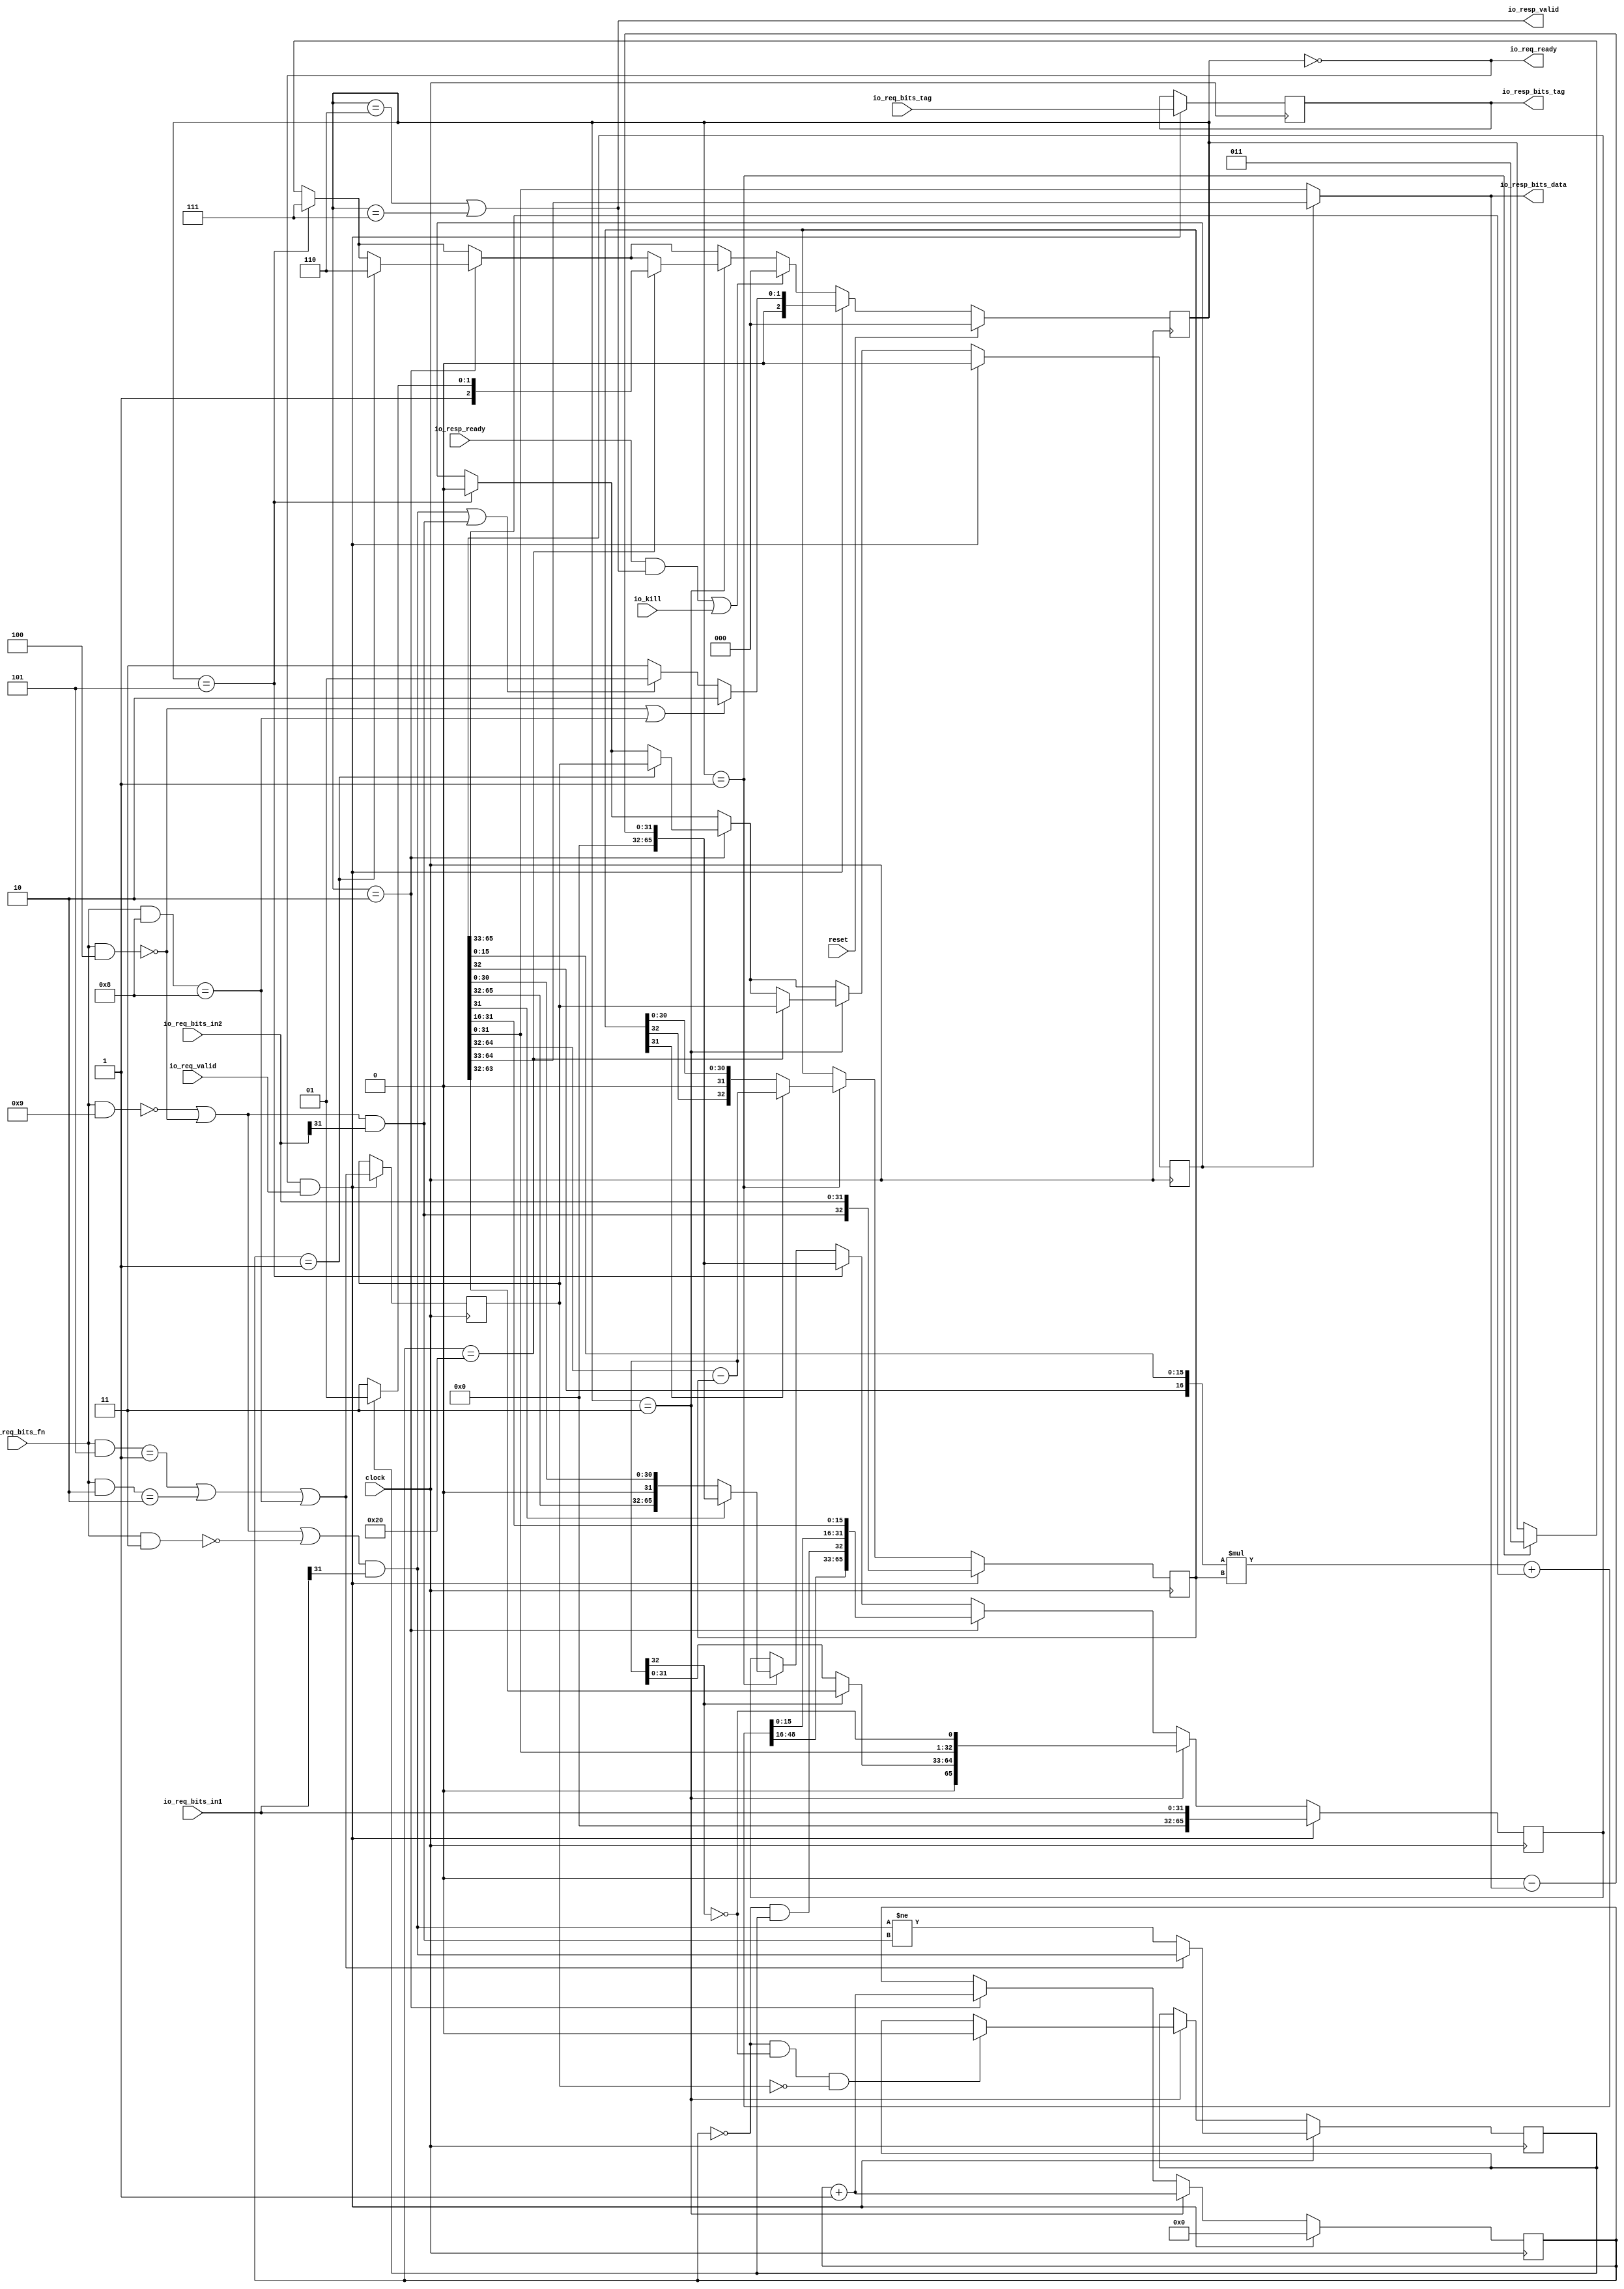
// Copyright (c) 2017, Microsemi Corporation
// All rights reserved.
//
// Redistribution and use in source and binary forms, with or without
// modification, are permitted provided that the following conditions are met:
//     * Redistributions of source code must retain the above copyright
//       notice, this list of conditions and the following disclaimer.
//     * Redistributions in binary form must reproduce the above copyright
//       notice, this list of conditions and the following disclaimer in the
//       documentation and/or other materials provided with the distribution.
//     * Neither the name of the <organization> nor the
//       names of its contributors may be used to endorse or promote products
//       derived from this software without specific prior written permission.
//
// THIS SOFTWARE IS PROVIDED BY THE COPYRIGHT HOLDERS AND CONTRIBUTORS "AS IS" AND
// ANY EXPRESS OR IMPLIED WARRANTIES, INCLUDING, BUT NOT LIMITED TO, THE IMPLIED
// WARRANTIES OF MERCHANTABILITY AND FITNESS FOR A PARTICULAR PURPOSE ARE
// DISCLAIMED. IN NO EVENT SHALL MICROSEMI CORPORATIONM BE LIABLE FOR ANY
// DIRECT, INDIRECT, INCIDENTAL, SPECIAL, EXEMPLARY, OR CONSEQUENTIAL DAMAGES
// (INCLUDING, BUT NOT LIMITED TO, PROCUREMENT OF SUBSTITUTE GOODS OR SERVICES;
// LOSS OF USE, DATA, OR PROFITS; OR BUSINESS INTERRUPTION) HOWEVER CAUSED AND
// ON ANY THEORY OF LIABILITY, WHETHER IN CONTRACT, STRICT LIABILITY, OR TORT
// (INCLUDING NEGLIGENCE OR OTHERWISE) ARISING IN ANY WAY OUT OF THE USE OF THIS
// SOFTWARE, EVEN IF ADVISED OF THE POSSIBILITY OF SUCH DAMAGE.
//
// APACHE LICENSE
// Copyright (c) 2017, Microsemi Corporation 
//
// Licensed under the Apache License, Version 2.0 (the "License");
// you may not use this file except in compliance with the License.
// You may obtain a copy of the License at
//
//    http://www.apache.org/licenses/LICENSE-2.0
//
// Unless required by applicable law or agreed to in writing, software
// distributed under the License is distributed on an "AS IS" BASIS,
// WITHOUT WARRANTIES OR CONDITIONS OF ANY KIND, either express or implied.
// See the License for the specific language governing permissions and
// limitations under the License.
//
// Description:
//
// SVN Revision Information:
// SVN $Revision: $
// SVN $Date: $
//
// Resolved SARs
// SAR      Date     Who   Description
//
// Notes:
//
// ****************************************************************************/
`ifndef RANDOMIZE_REG_INIT 
	 `define RANDOMIZE_REG_INIT 
 `endif
`ifndef RANDOMIZE_MEM_INIT 
	 `define RANDOMIZE_MEM_INIT 
 `endif
`ifndef RANDOMIZE 
	 `define RANDOMIZE 
`endif

`timescale 1ns/10ps
module MiV_AXI_MiV_AXI_0_MIV_RV32IMA_L1_AXI_MUL_DIV( // @[:freechips.rocketchip.system.MivRV32ImaL1AhbConfig.fir@109548.2]
  input         clock, // @[:freechips.rocketchip.system.MivRV32ImaL1AhbConfig.fir@109549.4]
  input         reset, // @[:freechips.rocketchip.system.MivRV32ImaL1AhbConfig.fir@109550.4]
  output        io_req_ready, // @[:freechips.rocketchip.system.MivRV32ImaL1AhbConfig.fir@109551.4]
  input         io_req_valid, // @[:freechips.rocketchip.system.MivRV32ImaL1AhbConfig.fir@109551.4]
  input  [3:0]  io_req_bits_fn, // @[:freechips.rocketchip.system.MivRV32ImaL1AhbConfig.fir@109551.4]
  input  [31:0] io_req_bits_in1, // @[:freechips.rocketchip.system.MivRV32ImaL1AhbConfig.fir@109551.4]
  input  [31:0] io_req_bits_in2, // @[:freechips.rocketchip.system.MivRV32ImaL1AhbConfig.fir@109551.4]
  input  [4:0]  io_req_bits_tag, // @[:freechips.rocketchip.system.MivRV32ImaL1AhbConfig.fir@109551.4]
  input         io_kill, // @[:freechips.rocketchip.system.MivRV32ImaL1AhbConfig.fir@109551.4]
  input         io_resp_ready, // @[:freechips.rocketchip.system.MivRV32ImaL1AhbConfig.fir@109551.4]
  output        io_resp_valid, // @[:freechips.rocketchip.system.MivRV32ImaL1AhbConfig.fir@109551.4]
  output [31:0] io_resp_bits_data, // @[:freechips.rocketchip.system.MivRV32ImaL1AhbConfig.fir@109551.4]
  output [4:0]  io_resp_bits_tag // @[:freechips.rocketchip.system.MivRV32ImaL1AhbConfig.fir@109551.4]
);
  reg [2:0] state; // @[Multiplier.scala 46:18:freechips.rocketchip.system.MivRV32ImaL1AhbConfig.fir@109556.4]
  reg [31:0] _RAND_0;
  reg [4:0] req_tag; // @[Multiplier.scala 48:16:freechips.rocketchip.system.MivRV32ImaL1AhbConfig.fir@109557.4]
  reg [31:0] _RAND_1;
  reg [5:0] count; // @[Multiplier.scala 49:18:freechips.rocketchip.system.MivRV32ImaL1AhbConfig.fir@109558.4]
  reg [31:0] _RAND_2;
  reg  neg_out; // @[Multiplier.scala 50:20:freechips.rocketchip.system.MivRV32ImaL1AhbConfig.fir@109559.4]
  reg [31:0] _RAND_3;
  reg  isHi; // @[Multiplier.scala 51:17:freechips.rocketchip.system.MivRV32ImaL1AhbConfig.fir@109560.4]
  reg [31:0] _RAND_4;
  reg  resHi; // @[Multiplier.scala 52:18:freechips.rocketchip.system.MivRV32ImaL1AhbConfig.fir@109561.4]
  reg [31:0] _RAND_5;
  reg [32:0] divisor; // @[Multiplier.scala 53:20:freechips.rocketchip.system.MivRV32ImaL1AhbConfig.fir@109562.4]
  reg [63:0] _RAND_6;
  reg [65:0] remainder; // @[Multiplier.scala 54:22:freechips.rocketchip.system.MivRV32ImaL1AhbConfig.fir@109563.4]
  reg [95:0] _RAND_7;
  wire [3:0] _T_32; // @[Decode.scala 14:65:freechips.rocketchip.system.MivRV32ImaL1AhbConfig.fir@109564.4]
  wire  _T_34; // @[Decode.scala 14:121:freechips.rocketchip.system.MivRV32ImaL1AhbConfig.fir@109565.4]
  wire [3:0] _T_36; // @[Decode.scala 14:65:freechips.rocketchip.system.MivRV32ImaL1AhbConfig.fir@109566.4]
  wire  _T_38; // @[Decode.scala 14:121:freechips.rocketchip.system.MivRV32ImaL1AhbConfig.fir@109567.4]
  wire  cmdMul; // @[Decode.scala 15:30:freechips.rocketchip.system.MivRV32ImaL1AhbConfig.fir@109569.4]
  wire [3:0] _T_43; // @[Decode.scala 14:65:freechips.rocketchip.system.MivRV32ImaL1AhbConfig.fir@109570.4]
  wire  _T_45; // @[Decode.scala 14:121:freechips.rocketchip.system.MivRV32ImaL1AhbConfig.fir@109571.4]
  wire [3:0] _T_47; // @[Decode.scala 14:65:freechips.rocketchip.system.MivRV32ImaL1AhbConfig.fir@109572.4]
  wire  _T_49; // @[Decode.scala 14:121:freechips.rocketchip.system.MivRV32ImaL1AhbConfig.fir@109573.4]
  wire  _T_52; // @[Decode.scala 15:30:freechips.rocketchip.system.MivRV32ImaL1AhbConfig.fir@109575.4]
  wire  cmdHi; // @[Decode.scala 15:30:freechips.rocketchip.system.MivRV32ImaL1AhbConfig.fir@109576.4]
  wire [3:0] _T_55; // @[Decode.scala 14:65:freechips.rocketchip.system.MivRV32ImaL1AhbConfig.fir@109577.4]
  wire  _T_57; // @[Decode.scala 14:121:freechips.rocketchip.system.MivRV32ImaL1AhbConfig.fir@109578.4]
  wire [3:0] _T_59; // @[Decode.scala 14:65:freechips.rocketchip.system.MivRV32ImaL1AhbConfig.fir@109579.4]
  wire  _T_61; // @[Decode.scala 14:121:freechips.rocketchip.system.MivRV32ImaL1AhbConfig.fir@109580.4]
  wire  _T_64; // @[Decode.scala 15:30:freechips.rocketchip.system.MivRV32ImaL1AhbConfig.fir@109582.4]
  wire  lhsSigned; // @[Decode.scala 15:30:freechips.rocketchip.system.MivRV32ImaL1AhbConfig.fir@109583.4]
  wire  _T_74; // @[Multiplier.scala 71:48:freechips.rocketchip.system.MivRV32ImaL1AhbConfig.fir@109593.4]
  wire  lhs_sign; // @[Multiplier.scala 71:23:freechips.rocketchip.system.MivRV32ImaL1AhbConfig.fir@109595.4]
  wire [15:0] _T_80; // @[Multiplier.scala 72:43:freechips.rocketchip.system.MivRV32ImaL1AhbConfig.fir@109598.4]
  wire [15:0] _T_82; // @[Multiplier.scala 73:15:freechips.rocketchip.system.MivRV32ImaL1AhbConfig.fir@109600.4]
  wire [31:0] lhs_in; // @[Cat.scala 30:58:freechips.rocketchip.system.MivRV32ImaL1AhbConfig.fir@109601.4]
  wire  _T_88; // @[Multiplier.scala 71:48:freechips.rocketchip.system.MivRV32ImaL1AhbConfig.fir@109605.4]
  wire  rhs_sign; // @[Multiplier.scala 71:23:freechips.rocketchip.system.MivRV32ImaL1AhbConfig.fir@109607.4]
  wire [15:0] _T_94; // @[Multiplier.scala 72:43:freechips.rocketchip.system.MivRV32ImaL1AhbConfig.fir@109610.4]
  wire [15:0] _T_96; // @[Multiplier.scala 73:15:freechips.rocketchip.system.MivRV32ImaL1AhbConfig.fir@109612.4]
  wire [31:0] rhs_in; // @[Cat.scala 30:58:freechips.rocketchip.system.MivRV32ImaL1AhbConfig.fir@109613.4]
  wire [32:0] _T_97; // @[Multiplier.scala 78:29:freechips.rocketchip.system.MivRV32ImaL1AhbConfig.fir@109614.4]
  wire [33:0] _T_98; // @[Multiplier.scala 78:37:freechips.rocketchip.system.MivRV32ImaL1AhbConfig.fir@109615.4]
  wire [33:0] _T_99; // @[Multiplier.scala 78:37:freechips.rocketchip.system.MivRV32ImaL1AhbConfig.fir@109616.4]
  wire [32:0] subtractor; // @[Multiplier.scala 78:37:freechips.rocketchip.system.MivRV32ImaL1AhbConfig.fir@109617.4]
  wire [31:0] _T_100; // @[Multiplier.scala 79:36:freechips.rocketchip.system.MivRV32ImaL1AhbConfig.fir@109618.4]
  wire [31:0] _T_101; // @[Multiplier.scala 79:57:freechips.rocketchip.system.MivRV32ImaL1AhbConfig.fir@109619.4]
  wire [31:0] result; // @[Multiplier.scala 79:19:freechips.rocketchip.system.MivRV32ImaL1AhbConfig.fir@109620.4]
  wire [32:0] _T_103; // @[Multiplier.scala 80:27:freechips.rocketchip.system.MivRV32ImaL1AhbConfig.fir@109621.4]
  wire [32:0] _T_104; // @[Multiplier.scala 80:27:freechips.rocketchip.system.MivRV32ImaL1AhbConfig.fir@109622.4]
  wire [31:0] negated_remainder; // @[Multiplier.scala 80:27:freechips.rocketchip.system.MivRV32ImaL1AhbConfig.fir@109623.4]
  wire  _T_105; // @[Multiplier.scala 82:15:freechips.rocketchip.system.MivRV32ImaL1AhbConfig.fir@109624.4]
  wire  _T_106; // @[Multiplier.scala 83:20:freechips.rocketchip.system.MivRV32ImaL1AhbConfig.fir@109626.6]
  wire [65:0] _GEN_0; // @[Multiplier.scala 83:27:freechips.rocketchip.system.MivRV32ImaL1AhbConfig.fir@109627.6]
  wire  _T_107; // @[Multiplier.scala 86:18:freechips.rocketchip.system.MivRV32ImaL1AhbConfig.fir@109630.6]
  wire [32:0] _GEN_1; // @[Multiplier.scala 86:25:freechips.rocketchip.system.MivRV32ImaL1AhbConfig.fir@109631.6]
  wire [65:0] _GEN_2; // @[Multiplier.scala 82:33:freechips.rocketchip.system.MivRV32ImaL1AhbConfig.fir@109625.4]
  wire [32:0] _GEN_3; // @[Multiplier.scala 82:33:freechips.rocketchip.system.MivRV32ImaL1AhbConfig.fir@109625.4]
  wire [2:0] _GEN_4; // @[Multiplier.scala 82:33:freechips.rocketchip.system.MivRV32ImaL1AhbConfig.fir@109625.4]
  wire  _T_108; // @[Multiplier.scala 91:15:freechips.rocketchip.system.MivRV32ImaL1AhbConfig.fir@109636.4]
  wire [65:0] _GEN_5; // @[Multiplier.scala 91:33:freechips.rocketchip.system.MivRV32ImaL1AhbConfig.fir@109637.4]
  wire [2:0] _GEN_6; // @[Multiplier.scala 91:33:freechips.rocketchip.system.MivRV32ImaL1AhbConfig.fir@109637.4]
  wire  _GEN_7; // @[Multiplier.scala 91:33:freechips.rocketchip.system.MivRV32ImaL1AhbConfig.fir@109637.4]
  wire  _T_110; // @[Multiplier.scala 96:15:freechips.rocketchip.system.MivRV32ImaL1AhbConfig.fir@109642.4]
  wire [32:0] _T_111; // @[Multiplier.scala 97:31:freechips.rocketchip.system.MivRV32ImaL1AhbConfig.fir@109644.6]
  wire [64:0] _T_113; // @[Cat.scala 30:58:freechips.rocketchip.system.MivRV32ImaL1AhbConfig.fir@109646.6]
  wire  _T_114; // @[Multiplier.scala 98:31:freechips.rocketchip.system.MivRV32ImaL1AhbConfig.fir@109647.6]
  wire [31:0] _T_115; // @[Multiplier.scala 99:24:freechips.rocketchip.system.MivRV32ImaL1AhbConfig.fir@109648.6]
  wire [32:0] _T_116; // @[Multiplier.scala 100:23:freechips.rocketchip.system.MivRV32ImaL1AhbConfig.fir@109649.6]
  wire [32:0] _T_117; // @[Multiplier.scala 100:37:freechips.rocketchip.system.MivRV32ImaL1AhbConfig.fir@109650.6]
  wire [32:0] _T_118; // @[Multiplier.scala 101:26:freechips.rocketchip.system.MivRV32ImaL1AhbConfig.fir@109651.6]
  wire [15:0] _T_119; // @[Multiplier.scala 102:38:freechips.rocketchip.system.MivRV32ImaL1AhbConfig.fir@109652.6]
  wire [16:0] _T_120; // @[Cat.scala 30:58:freechips.rocketchip.system.MivRV32ImaL1AhbConfig.fir@109653.6]
  wire [16:0] _T_121; // @[Multiplier.scala 102:60:freechips.rocketchip.system.MivRV32ImaL1AhbConfig.fir@109654.6]
  wire [32:0] _GEN_35; // @[Multiplier.scala 102:67:freechips.rocketchip.system.MivRV32ImaL1AhbConfig.fir@109655.6]
  wire [49:0] _T_122; // @[Multiplier.scala 102:67:freechips.rocketchip.system.MivRV32ImaL1AhbConfig.fir@109655.6]
  wire [49:0] _GEN_36; // @[Multiplier.scala 102:76:freechips.rocketchip.system.MivRV32ImaL1AhbConfig.fir@109656.6]
  wire [50:0] _T_123; // @[Multiplier.scala 102:76:freechips.rocketchip.system.MivRV32ImaL1AhbConfig.fir@109656.6]
  wire [49:0] _T_124; // @[Multiplier.scala 102:76:freechips.rocketchip.system.MivRV32ImaL1AhbConfig.fir@109657.6]
  wire [49:0] _T_125; // @[Multiplier.scala 102:76:freechips.rocketchip.system.MivRV32ImaL1AhbConfig.fir@109658.6]
  wire [15:0] _T_126; // @[Multiplier.scala 103:38:freechips.rocketchip.system.MivRV32ImaL1AhbConfig.fir@109659.6]
  wire [49:0] _T_127; // @[Cat.scala 30:58:freechips.rocketchip.system.MivRV32ImaL1AhbConfig.fir@109660.6]
  wire [65:0] _T_128; // @[Cat.scala 30:58:freechips.rocketchip.system.MivRV32ImaL1AhbConfig.fir@109661.6]
  wire  _T_130; // @[Multiplier.scala 104:32:freechips.rocketchip.system.MivRV32ImaL1AhbConfig.fir@109662.6]
  wire  _T_131; // @[Multiplier.scala 104:57:freechips.rocketchip.system.MivRV32ImaL1AhbConfig.fir@109663.6]
  wire  _T_146; // @[Multiplier.scala 108:7:freechips.rocketchip.system.MivRV32ImaL1AhbConfig.fir@109672.6]
  wire [32:0] _T_161; // @[Multiplier.scala 110:37:freechips.rocketchip.system.MivRV32ImaL1AhbConfig.fir@109684.6]
  wire [31:0] _T_163; // @[Multiplier.scala 110:82:freechips.rocketchip.system.MivRV32ImaL1AhbConfig.fir@109686.6]
  wire [64:0] _T_164; // @[Cat.scala 30:58:freechips.rocketchip.system.MivRV32ImaL1AhbConfig.fir@109687.6]
  wire [32:0] _T_165; // @[Multiplier.scala 111:34:freechips.rocketchip.system.MivRV32ImaL1AhbConfig.fir@109688.6]
  wire [31:0] _T_166; // @[Multiplier.scala 111:67:freechips.rocketchip.system.MivRV32ImaL1AhbConfig.fir@109689.6]
  wire [33:0] _T_167; // @[Cat.scala 30:58:freechips.rocketchip.system.MivRV32ImaL1AhbConfig.fir@109690.6]
  wire [65:0] _T_168; // @[Cat.scala 30:58:freechips.rocketchip.system.MivRV32ImaL1AhbConfig.fir@109691.6]
  wire [6:0] _T_170; // @[Multiplier.scala 113:20:freechips.rocketchip.system.MivRV32ImaL1AhbConfig.fir@109693.6]
  wire [5:0] _T_171; // @[Multiplier.scala 113:20:freechips.rocketchip.system.MivRV32ImaL1AhbConfig.fir@109694.6]
  wire  _T_173; // @[Multiplier.scala 114:25:freechips.rocketchip.system.MivRV32ImaL1AhbConfig.fir@109696.6]
  wire [2:0] _GEN_8; // @[Multiplier.scala 114:51:freechips.rocketchip.system.MivRV32ImaL1AhbConfig.fir@109698.6]
  wire  _GEN_9; // @[Multiplier.scala 114:51:freechips.rocketchip.system.MivRV32ImaL1AhbConfig.fir@109698.6]
  wire [65:0] _GEN_10; // @[Multiplier.scala 96:26:freechips.rocketchip.system.MivRV32ImaL1AhbConfig.fir@109643.4]
  wire [5:0] _GEN_11; // @[Multiplier.scala 96:26:freechips.rocketchip.system.MivRV32ImaL1AhbConfig.fir@109643.4]
  wire [2:0] _GEN_12; // @[Multiplier.scala 96:26:freechips.rocketchip.system.MivRV32ImaL1AhbConfig.fir@109643.4]
  wire  _GEN_13; // @[Multiplier.scala 96:26:freechips.rocketchip.system.MivRV32ImaL1AhbConfig.fir@109643.4]
  wire  _T_175; // @[Multiplier.scala 119:15:freechips.rocketchip.system.MivRV32ImaL1AhbConfig.fir@109703.4]
  wire  _T_176; // @[Multiplier.scala 123:28:freechips.rocketchip.system.MivRV32ImaL1AhbConfig.fir@109705.6]
  wire [31:0] _T_177; // @[Multiplier.scala 124:24:freechips.rocketchip.system.MivRV32ImaL1AhbConfig.fir@109706.6]
  wire [31:0] _T_178; // @[Multiplier.scala 124:45:freechips.rocketchip.system.MivRV32ImaL1AhbConfig.fir@109707.6]
  wire [31:0] _T_179; // @[Multiplier.scala 124:14:freechips.rocketchip.system.MivRV32ImaL1AhbConfig.fir@109708.6]
  wire  _T_182; // @[Multiplier.scala 124:67:freechips.rocketchip.system.MivRV32ImaL1AhbConfig.fir@109710.6]
  wire [63:0] _T_183; // @[Cat.scala 30:58:freechips.rocketchip.system.MivRV32ImaL1AhbConfig.fir@109711.6]
  wire [64:0] _T_184; // @[Cat.scala 30:58:freechips.rocketchip.system.MivRV32ImaL1AhbConfig.fir@109712.6]
  wire  _T_186; // @[Multiplier.scala 128:17:freechips.rocketchip.system.MivRV32ImaL1AhbConfig.fir@109714.6]
  wire [2:0] _T_187; // @[Multiplier.scala 129:19:freechips.rocketchip.system.MivRV32ImaL1AhbConfig.fir@109716.8]
  wire [2:0] _GEN_14; // @[Multiplier.scala 128:38:freechips.rocketchip.system.MivRV32ImaL1AhbConfig.fir@109715.6]
  wire  _GEN_15; // @[Multiplier.scala 128:38:freechips.rocketchip.system.MivRV32ImaL1AhbConfig.fir@109715.6]
  wire  _T_196; // @[Multiplier.scala 136:30:freechips.rocketchip.system.MivRV32ImaL1AhbConfig.fir@109726.6]
  wire  _T_199; // @[Multiplier.scala 150:18:freechips.rocketchip.system.MivRV32ImaL1AhbConfig.fir@109728.6]
  wire  _GEN_16; // @[Multiplier.scala 150:28:freechips.rocketchip.system.MivRV32ImaL1AhbConfig.fir@109729.6]
  wire [65:0] _GEN_17; // @[Multiplier.scala 119:26:freechips.rocketchip.system.MivRV32ImaL1AhbConfig.fir@109704.4]
  wire [2:0] _GEN_18; // @[Multiplier.scala 119:26:freechips.rocketchip.system.MivRV32ImaL1AhbConfig.fir@109704.4]
  wire  _GEN_19; // @[Multiplier.scala 119:26:freechips.rocketchip.system.MivRV32ImaL1AhbConfig.fir@109704.4]
  wire [5:0] _GEN_20; // @[Multiplier.scala 119:26:freechips.rocketchip.system.MivRV32ImaL1AhbConfig.fir@109704.4]
  wire  _GEN_21; // @[Multiplier.scala 119:26:freechips.rocketchip.system.MivRV32ImaL1AhbConfig.fir@109704.4]
  wire  _T_201; // @[Decoupled.scala 30:37:freechips.rocketchip.system.MivRV32ImaL1AhbConfig.fir@109733.4]
  wire  _T_202; // @[Multiplier.scala 152:24:freechips.rocketchip.system.MivRV32ImaL1AhbConfig.fir@109734.4]
  wire [2:0] _GEN_22; // @[Multiplier.scala 152:36:freechips.rocketchip.system.MivRV32ImaL1AhbConfig.fir@109735.4]
  wire  _T_203; // @[Decoupled.scala 30:37:freechips.rocketchip.system.MivRV32ImaL1AhbConfig.fir@109738.4]
  wire  _T_204; // @[Multiplier.scala 156:46:freechips.rocketchip.system.MivRV32ImaL1AhbConfig.fir@109740.6]
  wire [2:0] _T_205; // @[Multiplier.scala 156:36:freechips.rocketchip.system.MivRV32ImaL1AhbConfig.fir@109741.6]
  wire [2:0] _T_206; // @[Multiplier.scala 156:17:freechips.rocketchip.system.MivRV32ImaL1AhbConfig.fir@109742.6]
  wire  _T_218; // @[Multiplier.scala 160:46:freechips.rocketchip.system.MivRV32ImaL1AhbConfig.fir@109752.6]
  wire  _T_219; // @[Multiplier.scala 160:19:freechips.rocketchip.system.MivRV32ImaL1AhbConfig.fir@109753.6]
  wire [32:0] _T_220; // @[Cat.scala 30:58:freechips.rocketchip.system.MivRV32ImaL1AhbConfig.fir@109755.6]
  wire [2:0] _GEN_23; // @[Multiplier.scala 155:24:freechips.rocketchip.system.MivRV32ImaL1AhbConfig.fir@109739.4]
  wire  _GEN_24; // @[Multiplier.scala 155:24:freechips.rocketchip.system.MivRV32ImaL1AhbConfig.fir@109739.4]
  wire  _GEN_25; // @[Multiplier.scala 155:24:freechips.rocketchip.system.MivRV32ImaL1AhbConfig.fir@109739.4]
  wire [5:0] _GEN_26; // @[Multiplier.scala 155:24:freechips.rocketchip.system.MivRV32ImaL1AhbConfig.fir@109739.4]
  wire  _GEN_27; // @[Multiplier.scala 155:24:freechips.rocketchip.system.MivRV32ImaL1AhbConfig.fir@109739.4]
  wire [32:0] _GEN_28; // @[Multiplier.scala 155:24:freechips.rocketchip.system.MivRV32ImaL1AhbConfig.fir@109739.4]
  wire [65:0] _GEN_29; // @[Multiplier.scala 155:24:freechips.rocketchip.system.MivRV32ImaL1AhbConfig.fir@109739.4]
  wire [4:0] _GEN_34; // @[Multiplier.scala 155:24:freechips.rocketchip.system.MivRV32ImaL1AhbConfig.fir@109739.4]
  wire [15:0] _T_232; // @[Multiplier.scala 167:69:freechips.rocketchip.system.MivRV32ImaL1AhbConfig.fir@109769.4]
  wire [15:0] loOut; // @[Multiplier.scala 167:86:freechips.rocketchip.system.MivRV32ImaL1AhbConfig.fir@109770.4]
  wire [31:0] _T_244; // @[Cat.scala 30:58:freechips.rocketchip.system.MivRV32ImaL1AhbConfig.fir@109780.4]
  wire  _T_245; // @[Multiplier.scala 171:27:freechips.rocketchip.system.MivRV32ImaL1AhbConfig.fir@109782.4]
  wire  _T_246; // @[Multiplier.scala 171:51:freechips.rocketchip.system.MivRV32ImaL1AhbConfig.fir@109783.4]
  wire  _T_247; // @[Multiplier.scala 171:42:freechips.rocketchip.system.MivRV32ImaL1AhbConfig.fir@109784.4]
  wire  _T_248; // @[Multiplier.scala 172:25:freechips.rocketchip.system.MivRV32ImaL1AhbConfig.fir@109786.4]
  assign _T_32 = io_req_bits_fn & 4'h4; // @[Decode.scala 14:65:freechips.rocketchip.system.MivRV32ImaL1AhbConfig.fir@109564.4]
  assign _T_34 = _T_32 == 4'h0; // @[Decode.scala 14:121:freechips.rocketchip.system.MivRV32ImaL1AhbConfig.fir@109565.4]
  assign _T_36 = io_req_bits_fn & 4'h8; // @[Decode.scala 14:65:freechips.rocketchip.system.MivRV32ImaL1AhbConfig.fir@109566.4]
  assign _T_38 = _T_36 == 4'h8; // @[Decode.scala 14:121:freechips.rocketchip.system.MivRV32ImaL1AhbConfig.fir@109567.4]
  assign cmdMul = _T_34 | _T_38; // @[Decode.scala 15:30:freechips.rocketchip.system.MivRV32ImaL1AhbConfig.fir@109569.4]
  assign _T_43 = io_req_bits_fn & 4'h5; // @[Decode.scala 14:65:freechips.rocketchip.system.MivRV32ImaL1AhbConfig.fir@109570.4]
  assign _T_45 = _T_43 == 4'h1; // @[Decode.scala 14:121:freechips.rocketchip.system.MivRV32ImaL1AhbConfig.fir@109571.4]
  assign _T_47 = io_req_bits_fn & 4'h2; // @[Decode.scala 14:65:freechips.rocketchip.system.MivRV32ImaL1AhbConfig.fir@109572.4]
  assign _T_49 = _T_47 == 4'h2; // @[Decode.scala 14:121:freechips.rocketchip.system.MivRV32ImaL1AhbConfig.fir@109573.4]
  assign _T_52 = _T_45 | _T_49; // @[Decode.scala 15:30:freechips.rocketchip.system.MivRV32ImaL1AhbConfig.fir@109575.4]
  assign cmdHi = _T_52 | _T_38; // @[Decode.scala 15:30:freechips.rocketchip.system.MivRV32ImaL1AhbConfig.fir@109576.4]
  assign _T_55 = io_req_bits_fn & 4'h9; // @[Decode.scala 14:65:freechips.rocketchip.system.MivRV32ImaL1AhbConfig.fir@109577.4]
  assign _T_57 = _T_55 == 4'h0; // @[Decode.scala 14:121:freechips.rocketchip.system.MivRV32ImaL1AhbConfig.fir@109578.4]
  assign _T_59 = io_req_bits_fn & 4'h3; // @[Decode.scala 14:65:freechips.rocketchip.system.MivRV32ImaL1AhbConfig.fir@109579.4]
  assign _T_61 = _T_59 == 4'h0; // @[Decode.scala 14:121:freechips.rocketchip.system.MivRV32ImaL1AhbConfig.fir@109580.4]
  assign _T_64 = _T_57 | _T_34; // @[Decode.scala 15:30:freechips.rocketchip.system.MivRV32ImaL1AhbConfig.fir@109582.4]
  assign lhsSigned = _T_64 | _T_61; // @[Decode.scala 15:30:freechips.rocketchip.system.MivRV32ImaL1AhbConfig.fir@109583.4]
  assign _T_74 = io_req_bits_in1[31]; // @[Multiplier.scala 71:48:freechips.rocketchip.system.MivRV32ImaL1AhbConfig.fir@109593.4]
  assign lhs_sign = lhsSigned & _T_74; // @[Multiplier.scala 71:23:freechips.rocketchip.system.MivRV32ImaL1AhbConfig.fir@109595.4]
  assign _T_80 = io_req_bits_in1[31:16]; // @[Multiplier.scala 72:43:freechips.rocketchip.system.MivRV32ImaL1AhbConfig.fir@109598.4]
  assign _T_82 = io_req_bits_in1[15:0]; // @[Multiplier.scala 73:15:freechips.rocketchip.system.MivRV32ImaL1AhbConfig.fir@109600.4]
  assign lhs_in = {_T_80,_T_82}; // @[Cat.scala 30:58:freechips.rocketchip.system.MivRV32ImaL1AhbConfig.fir@109601.4]
  assign _T_88 = io_req_bits_in2[31]; // @[Multiplier.scala 71:48:freechips.rocketchip.system.MivRV32ImaL1AhbConfig.fir@109605.4]
  assign rhs_sign = _T_64 & _T_88; // @[Multiplier.scala 71:23:freechips.rocketchip.system.MivRV32ImaL1AhbConfig.fir@109607.4]
  assign _T_94 = io_req_bits_in2[31:16]; // @[Multiplier.scala 72:43:freechips.rocketchip.system.MivRV32ImaL1AhbConfig.fir@109610.4]
  assign _T_96 = io_req_bits_in2[15:0]; // @[Multiplier.scala 73:15:freechips.rocketchip.system.MivRV32ImaL1AhbConfig.fir@109612.4]
  assign rhs_in = {_T_94,_T_96}; // @[Cat.scala 30:58:freechips.rocketchip.system.MivRV32ImaL1AhbConfig.fir@109613.4]
  assign _T_97 = remainder[64:32]; // @[Multiplier.scala 78:29:freechips.rocketchip.system.MivRV32ImaL1AhbConfig.fir@109614.4]
  assign _T_98 = _T_97 - divisor; // @[Multiplier.scala 78:37:freechips.rocketchip.system.MivRV32ImaL1AhbConfig.fir@109615.4]
  assign _T_99 = $unsigned(_T_98); // @[Multiplier.scala 78:37:freechips.rocketchip.system.MivRV32ImaL1AhbConfig.fir@109616.4]
  assign subtractor = _T_99[32:0]; // @[Multiplier.scala 78:37:freechips.rocketchip.system.MivRV32ImaL1AhbConfig.fir@109617.4]
  assign _T_100 = remainder[64:33]; // @[Multiplier.scala 79:36:freechips.rocketchip.system.MivRV32ImaL1AhbConfig.fir@109618.4]
  assign _T_101 = remainder[31:0]; // @[Multiplier.scala 79:57:freechips.rocketchip.system.MivRV32ImaL1AhbConfig.fir@109619.4]
  assign result = resHi ? _T_100 : _T_101; // @[Multiplier.scala 79:19:freechips.rocketchip.system.MivRV32ImaL1AhbConfig.fir@109620.4]
  assign _T_103 = 32'h0 - result; // @[Multiplier.scala 80:27:freechips.rocketchip.system.MivRV32ImaL1AhbConfig.fir@109621.4]
  assign _T_104 = $unsigned(_T_103); // @[Multiplier.scala 80:27:freechips.rocketchip.system.MivRV32ImaL1AhbConfig.fir@109622.4]
  assign negated_remainder = _T_104[31:0]; // @[Multiplier.scala 80:27:freechips.rocketchip.system.MivRV32ImaL1AhbConfig.fir@109623.4]
  assign _T_105 = state == 3'h1; // @[Multiplier.scala 82:15:freechips.rocketchip.system.MivRV32ImaL1AhbConfig.fir@109624.4]
  assign _T_106 = remainder[31]; // @[Multiplier.scala 83:20:freechips.rocketchip.system.MivRV32ImaL1AhbConfig.fir@109626.6]
  assign _GEN_0 = _T_106 ? {{34'd0}, negated_remainder} : remainder; // @[Multiplier.scala 83:27:freechips.rocketchip.system.MivRV32ImaL1AhbConfig.fir@109627.6]
  assign _T_107 = divisor[31]; // @[Multiplier.scala 86:18:freechips.rocketchip.system.MivRV32ImaL1AhbConfig.fir@109630.6]
  assign _GEN_1 = _T_107 ? subtractor : divisor; // @[Multiplier.scala 86:25:freechips.rocketchip.system.MivRV32ImaL1AhbConfig.fir@109631.6]
  assign _GEN_2 = _T_105 ? _GEN_0 : remainder; // @[Multiplier.scala 82:33:freechips.rocketchip.system.MivRV32ImaL1AhbConfig.fir@109625.4]
  assign _GEN_3 = _T_105 ? _GEN_1 : divisor; // @[Multiplier.scala 82:33:freechips.rocketchip.system.MivRV32ImaL1AhbConfig.fir@109625.4]
  assign _GEN_4 = _T_105 ? 3'h3 : state; // @[Multiplier.scala 82:33:freechips.rocketchip.system.MivRV32ImaL1AhbConfig.fir@109625.4]
  assign _T_108 = state == 3'h5; // @[Multiplier.scala 91:15:freechips.rocketchip.system.MivRV32ImaL1AhbConfig.fir@109636.4]
  assign _GEN_5 = _T_108 ? {{34'd0}, negated_remainder} : _GEN_2; // @[Multiplier.scala 91:33:freechips.rocketchip.system.MivRV32ImaL1AhbConfig.fir@109637.4]
  assign _GEN_6 = _T_108 ? 3'h7 : _GEN_4; // @[Multiplier.scala 91:33:freechips.rocketchip.system.MivRV32ImaL1AhbConfig.fir@109637.4]
  assign _GEN_7 = _T_108 ? 1'h0 : resHi; // @[Multiplier.scala 91:33:freechips.rocketchip.system.MivRV32ImaL1AhbConfig.fir@109637.4]
  assign _T_110 = state == 3'h2; // @[Multiplier.scala 96:15:freechips.rocketchip.system.MivRV32ImaL1AhbConfig.fir@109642.4]
  assign _T_111 = remainder[65:33]; // @[Multiplier.scala 97:31:freechips.rocketchip.system.MivRV32ImaL1AhbConfig.fir@109644.6]
  assign _T_113 = {_T_111,_T_101}; // @[Cat.scala 30:58:freechips.rocketchip.system.MivRV32ImaL1AhbConfig.fir@109646.6]
  assign _T_114 = remainder[32]; // @[Multiplier.scala 98:31:freechips.rocketchip.system.MivRV32ImaL1AhbConfig.fir@109647.6]
  assign _T_115 = _T_113[31:0]; // @[Multiplier.scala 99:24:freechips.rocketchip.system.MivRV32ImaL1AhbConfig.fir@109648.6]
  assign _T_116 = _T_113[64:32]; // @[Multiplier.scala 100:23:freechips.rocketchip.system.MivRV32ImaL1AhbConfig.fir@109649.6]
  assign _T_117 = $signed(_T_116); // @[Multiplier.scala 100:37:freechips.rocketchip.system.MivRV32ImaL1AhbConfig.fir@109650.6]
  assign _T_118 = $signed(divisor); // @[Multiplier.scala 101:26:freechips.rocketchip.system.MivRV32ImaL1AhbConfig.fir@109651.6]
  assign _T_119 = _T_115[15:0]; // @[Multiplier.scala 102:38:freechips.rocketchip.system.MivRV32ImaL1AhbConfig.fir@109652.6]
  assign _T_120 = {_T_114,_T_119}; // @[Cat.scala 30:58:freechips.rocketchip.system.MivRV32ImaL1AhbConfig.fir@109653.6]
  assign _T_121 = $signed(_T_120); // @[Multiplier.scala 102:60:freechips.rocketchip.system.MivRV32ImaL1AhbConfig.fir@109654.6]
  assign _GEN_35 = {{16{_T_121[16]}},_T_121}; // @[Multiplier.scala 102:67:freechips.rocketchip.system.MivRV32ImaL1AhbConfig.fir@109655.6]
  assign _T_122 = $signed(_GEN_35) * $signed(_T_118); // @[Multiplier.scala 102:67:freechips.rocketchip.system.MivRV32ImaL1AhbConfig.fir@109655.6]
  assign _GEN_36 = {{17{_T_117[32]}},_T_117}; // @[Multiplier.scala 102:76:freechips.rocketchip.system.MivRV32ImaL1AhbConfig.fir@109656.6]
  assign _T_123 = $signed(_T_122) + $signed(_GEN_36); // @[Multiplier.scala 102:76:freechips.rocketchip.system.MivRV32ImaL1AhbConfig.fir@109656.6]
  assign _T_124 = _T_123[49:0]; // @[Multiplier.scala 102:76:freechips.rocketchip.system.MivRV32ImaL1AhbConfig.fir@109657.6]
  assign _T_125 = $signed(_T_124); // @[Multiplier.scala 102:76:freechips.rocketchip.system.MivRV32ImaL1AhbConfig.fir@109658.6]
  assign _T_126 = _T_115[31:16]; // @[Multiplier.scala 103:38:freechips.rocketchip.system.MivRV32ImaL1AhbConfig.fir@109659.6]
  assign _T_127 = $unsigned(_T_125); // @[Cat.scala 30:58:freechips.rocketchip.system.MivRV32ImaL1AhbConfig.fir@109660.6]
  assign _T_128 = {_T_127,_T_126}; // @[Cat.scala 30:58:freechips.rocketchip.system.MivRV32ImaL1AhbConfig.fir@109661.6]
  assign _T_130 = count == 6'h0; // @[Multiplier.scala 104:32:freechips.rocketchip.system.MivRV32ImaL1AhbConfig.fir@109662.6]
  assign _T_131 = _T_130 & neg_out; // @[Multiplier.scala 104:57:freechips.rocketchip.system.MivRV32ImaL1AhbConfig.fir@109663.6]
  assign _T_146 = isHi == 1'h0; // @[Multiplier.scala 108:7:freechips.rocketchip.system.MivRV32ImaL1AhbConfig.fir@109672.6]
  assign _T_161 = _T_128[64:32]; // @[Multiplier.scala 110:37:freechips.rocketchip.system.MivRV32ImaL1AhbConfig.fir@109684.6]
  assign _T_163 = _T_128[31:0]; // @[Multiplier.scala 110:82:freechips.rocketchip.system.MivRV32ImaL1AhbConfig.fir@109686.6]
  assign _T_164 = {_T_161,_T_163}; // @[Cat.scala 30:58:freechips.rocketchip.system.MivRV32ImaL1AhbConfig.fir@109687.6]
  assign _T_165 = _T_164[64:32]; // @[Multiplier.scala 111:34:freechips.rocketchip.system.MivRV32ImaL1AhbConfig.fir@109688.6]
  assign _T_166 = _T_164[31:0]; // @[Multiplier.scala 111:67:freechips.rocketchip.system.MivRV32ImaL1AhbConfig.fir@109689.6]
  assign _T_167 = {_T_165,_T_131}; // @[Cat.scala 30:58:freechips.rocketchip.system.MivRV32ImaL1AhbConfig.fir@109690.6]
  assign _T_168 = {_T_167,_T_166}; // @[Cat.scala 30:58:freechips.rocketchip.system.MivRV32ImaL1AhbConfig.fir@109691.6]
  assign _T_170 = count + 6'h1; // @[Multiplier.scala 113:20:freechips.rocketchip.system.MivRV32ImaL1AhbConfig.fir@109693.6]
  assign _T_171 = _T_170[5:0]; // @[Multiplier.scala 113:20:freechips.rocketchip.system.MivRV32ImaL1AhbConfig.fir@109694.6]
  assign _T_173 = count == 6'h1; // @[Multiplier.scala 114:25:freechips.rocketchip.system.MivRV32ImaL1AhbConfig.fir@109696.6]
  assign _GEN_8 = _T_173 ? 3'h6 : _GEN_6; // @[Multiplier.scala 114:51:freechips.rocketchip.system.MivRV32ImaL1AhbConfig.fir@109698.6]
  assign _GEN_9 = _T_173 ? isHi : _GEN_7; // @[Multiplier.scala 114:51:freechips.rocketchip.system.MivRV32ImaL1AhbConfig.fir@109698.6]
  assign _GEN_10 = _T_110 ? _T_168 : _GEN_5; // @[Multiplier.scala 96:26:freechips.rocketchip.system.MivRV32ImaL1AhbConfig.fir@109643.4]
  assign _GEN_11 = _T_110 ? _T_171 : count; // @[Multiplier.scala 96:26:freechips.rocketchip.system.MivRV32ImaL1AhbConfig.fir@109643.4]
  assign _GEN_12 = _T_110 ? _GEN_8 : _GEN_6; // @[Multiplier.scala 96:26:freechips.rocketchip.system.MivRV32ImaL1AhbConfig.fir@109643.4]
  assign _GEN_13 = _T_110 ? _GEN_9 : _GEN_7; // @[Multiplier.scala 96:26:freechips.rocketchip.system.MivRV32ImaL1AhbConfig.fir@109643.4]
  assign _T_175 = state == 3'h3; // @[Multiplier.scala 119:15:freechips.rocketchip.system.MivRV32ImaL1AhbConfig.fir@109703.4]
  assign _T_176 = subtractor[32]; // @[Multiplier.scala 123:28:freechips.rocketchip.system.MivRV32ImaL1AhbConfig.fir@109705.6]
  assign _T_177 = remainder[63:32]; // @[Multiplier.scala 124:24:freechips.rocketchip.system.MivRV32ImaL1AhbConfig.fir@109706.6]
  assign _T_178 = subtractor[31:0]; // @[Multiplier.scala 124:45:freechips.rocketchip.system.MivRV32ImaL1AhbConfig.fir@109707.6]
  assign _T_179 = _T_176 ? _T_177 : _T_178; // @[Multiplier.scala 124:14:freechips.rocketchip.system.MivRV32ImaL1AhbConfig.fir@109708.6]
  assign _T_182 = _T_176 == 1'h0; // @[Multiplier.scala 124:67:freechips.rocketchip.system.MivRV32ImaL1AhbConfig.fir@109710.6]
  assign _T_183 = {_T_179,_T_101}; // @[Cat.scala 30:58:freechips.rocketchip.system.MivRV32ImaL1AhbConfig.fir@109711.6]
  assign _T_184 = {_T_183,_T_182}; // @[Cat.scala 30:58:freechips.rocketchip.system.MivRV32ImaL1AhbConfig.fir@109712.6]
  assign _T_186 = count == 6'h20; // @[Multiplier.scala 128:17:freechips.rocketchip.system.MivRV32ImaL1AhbConfig.fir@109714.6]
  assign _T_187 = neg_out ? 3'h5 : 3'h7; // @[Multiplier.scala 129:19:freechips.rocketchip.system.MivRV32ImaL1AhbConfig.fir@109716.8]
  assign _GEN_14 = _T_186 ? _T_187 : _GEN_12; // @[Multiplier.scala 128:38:freechips.rocketchip.system.MivRV32ImaL1AhbConfig.fir@109715.6]
  assign _GEN_15 = _T_186 ? isHi : _GEN_13; // @[Multiplier.scala 128:38:freechips.rocketchip.system.MivRV32ImaL1AhbConfig.fir@109715.6]
  assign _T_196 = _T_130 & _T_182; // @[Multiplier.scala 136:30:freechips.rocketchip.system.MivRV32ImaL1AhbConfig.fir@109726.6]
  assign _T_199 = _T_196 & _T_146; // @[Multiplier.scala 150:18:freechips.rocketchip.system.MivRV32ImaL1AhbConfig.fir@109728.6]
  assign _GEN_16 = _T_199 ? 1'h0 : neg_out; // @[Multiplier.scala 150:28:freechips.rocketchip.system.MivRV32ImaL1AhbConfig.fir@109729.6]
  assign _GEN_17 = _T_175 ? {{1'd0}, _T_184} : _GEN_10; // @[Multiplier.scala 119:26:freechips.rocketchip.system.MivRV32ImaL1AhbConfig.fir@109704.4]
  assign _GEN_18 = _T_175 ? _GEN_14 : _GEN_12; // @[Multiplier.scala 119:26:freechips.rocketchip.system.MivRV32ImaL1AhbConfig.fir@109704.4]
  assign _GEN_19 = _T_175 ? _GEN_15 : _GEN_13; // @[Multiplier.scala 119:26:freechips.rocketchip.system.MivRV32ImaL1AhbConfig.fir@109704.4]
  assign _GEN_20 = _T_175 ? _T_171 : _GEN_11; // @[Multiplier.scala 119:26:freechips.rocketchip.system.MivRV32ImaL1AhbConfig.fir@109704.4]
  assign _GEN_21 = _T_175 ? _GEN_16 : neg_out; // @[Multiplier.scala 119:26:freechips.rocketchip.system.MivRV32ImaL1AhbConfig.fir@109704.4]
  assign _T_201 = io_resp_ready & io_resp_valid; // @[Decoupled.scala 30:37:freechips.rocketchip.system.MivRV32ImaL1AhbConfig.fir@109733.4]
  assign _T_202 = _T_201 | io_kill; // @[Multiplier.scala 152:24:freechips.rocketchip.system.MivRV32ImaL1AhbConfig.fir@109734.4]
  assign _GEN_22 = _T_202 ? 3'h0 : _GEN_18; // @[Multiplier.scala 152:36:freechips.rocketchip.system.MivRV32ImaL1AhbConfig.fir@109735.4]
  assign _T_203 = io_req_ready & io_req_valid; // @[Decoupled.scala 30:37:freechips.rocketchip.system.MivRV32ImaL1AhbConfig.fir@109738.4]
  assign _T_204 = lhs_sign | rhs_sign; // @[Multiplier.scala 156:46:freechips.rocketchip.system.MivRV32ImaL1AhbConfig.fir@109740.6]
  assign _T_205 = _T_204 ? 3'h1 : 3'h3; // @[Multiplier.scala 156:36:freechips.rocketchip.system.MivRV32ImaL1AhbConfig.fir@109741.6]
  assign _T_206 = cmdMul ? 3'h2 : _T_205; // @[Multiplier.scala 156:17:freechips.rocketchip.system.MivRV32ImaL1AhbConfig.fir@109742.6]
  assign _T_218 = lhs_sign != rhs_sign; // @[Multiplier.scala 160:46:freechips.rocketchip.system.MivRV32ImaL1AhbConfig.fir@109752.6]
  assign _T_219 = cmdHi ? lhs_sign : _T_218; // @[Multiplier.scala 160:19:freechips.rocketchip.system.MivRV32ImaL1AhbConfig.fir@109753.6]
  assign _T_220 = {rhs_sign,rhs_in}; // @[Cat.scala 30:58:freechips.rocketchip.system.MivRV32ImaL1AhbConfig.fir@109755.6]
  assign _GEN_23 = _T_203 ? _T_206 : _GEN_22; // @[Multiplier.scala 155:24:freechips.rocketchip.system.MivRV32ImaL1AhbConfig.fir@109739.4]
  assign _GEN_24 = _T_203 ? cmdHi : isHi; // @[Multiplier.scala 155:24:freechips.rocketchip.system.MivRV32ImaL1AhbConfig.fir@109739.4]
  assign _GEN_25 = _T_203 ? 1'h0 : _GEN_19; // @[Multiplier.scala 155:24:freechips.rocketchip.system.MivRV32ImaL1AhbConfig.fir@109739.4]
  assign _GEN_26 = _T_203 ? 6'h0 : _GEN_20; // @[Multiplier.scala 155:24:freechips.rocketchip.system.MivRV32ImaL1AhbConfig.fir@109739.4]
  assign _GEN_27 = _T_203 ? _T_219 : _GEN_21; // @[Multiplier.scala 155:24:freechips.rocketchip.system.MivRV32ImaL1AhbConfig.fir@109739.4]
  assign _GEN_28 = _T_203 ? _T_220 : _GEN_3; // @[Multiplier.scala 155:24:freechips.rocketchip.system.MivRV32ImaL1AhbConfig.fir@109739.4]
  assign _GEN_29 = _T_203 ? {{34'd0}, lhs_in} : _GEN_17; // @[Multiplier.scala 155:24:freechips.rocketchip.system.MivRV32ImaL1AhbConfig.fir@109739.4]
  assign _GEN_34 = _T_203 ? io_req_bits_tag : req_tag; // @[Multiplier.scala 155:24:freechips.rocketchip.system.MivRV32ImaL1AhbConfig.fir@109739.4]
  assign _T_232 = result[31:16]; // @[Multiplier.scala 167:69:freechips.rocketchip.system.MivRV32ImaL1AhbConfig.fir@109769.4]
  assign loOut = result[15:0]; // @[Multiplier.scala 167:86:freechips.rocketchip.system.MivRV32ImaL1AhbConfig.fir@109770.4]
  assign _T_244 = {_T_232,loOut}; // @[Cat.scala 30:58:freechips.rocketchip.system.MivRV32ImaL1AhbConfig.fir@109780.4]
  assign _T_245 = state == 3'h6; // @[Multiplier.scala 171:27:freechips.rocketchip.system.MivRV32ImaL1AhbConfig.fir@109782.4]
  assign _T_246 = state == 3'h7; // @[Multiplier.scala 171:51:freechips.rocketchip.system.MivRV32ImaL1AhbConfig.fir@109783.4]
  assign _T_247 = _T_245 | _T_246; // @[Multiplier.scala 171:42:freechips.rocketchip.system.MivRV32ImaL1AhbConfig.fir@109784.4]
  assign _T_248 = state == 3'h0; // @[Multiplier.scala 172:25:freechips.rocketchip.system.MivRV32ImaL1AhbConfig.fir@109786.4]
  assign io_req_ready = _T_248;
  assign io_resp_valid = _T_247;
  assign io_resp_bits_data = _T_244;
  assign io_resp_bits_tag = req_tag;
`ifdef RANDOMIZE
  integer initvar;
  initial begin
    `ifndef verilator
      #0.002 begin end
    `endif
  `ifdef RANDOMIZE_REG_INIT
  _RAND_0 = {1{32'b0}};
  state = _RAND_0[2:0];
  `endif // RANDOMIZE_REG_INIT
  `ifdef RANDOMIZE_REG_INIT
  _RAND_1 = {1{32'b0}};
  req_tag = _RAND_1[4:0];
  `endif // RANDOMIZE_REG_INIT
  `ifdef RANDOMIZE_REG_INIT
  _RAND_2 = {1{32'b0}};
  count = _RAND_2[5:0];
  `endif // RANDOMIZE_REG_INIT
  `ifdef RANDOMIZE_REG_INIT
  _RAND_3 = {1{32'b0}};
  neg_out = _RAND_3[0:0];
  `endif // RANDOMIZE_REG_INIT
  `ifdef RANDOMIZE_REG_INIT
  _RAND_4 = {1{32'b0}};
  isHi = _RAND_4[0:0];
  `endif // RANDOMIZE_REG_INIT
  `ifdef RANDOMIZE_REG_INIT
  _RAND_5 = {1{32'b0}};
  resHi = _RAND_5[0:0];
  `endif // RANDOMIZE_REG_INIT
  `ifdef RANDOMIZE_REG_INIT
  _RAND_6 = {2{32'b0}};
  divisor = _RAND_6[32:0];
  `endif // RANDOMIZE_REG_INIT
  `ifdef RANDOMIZE_REG_INIT
  _RAND_7 = {3{32'b0}};
  remainder = _RAND_7[65:0];
  `endif // RANDOMIZE_REG_INIT
  end
`endif // RANDOMIZE
  always @(posedge clock) begin
    if (reset) begin
      state <= 3'h0;
    end else begin
      if (_T_203) begin
        if (cmdMul) begin
          state <= 3'h2;
        end else begin
          if (_T_204) begin
            state <= 3'h1;
          end else begin
            state <= 3'h3;
          end
        end
      end else begin
        if (_T_202) begin
          state <= 3'h0;
        end else begin
          if (_T_175) begin
            if (_T_186) begin
              if (neg_out) begin
                state <= 3'h5;
              end else begin
                state <= 3'h7;
              end
            end else begin
              if (_T_110) begin
                if (_T_173) begin
                  state <= 3'h6;
                end else begin
                  if (_T_108) begin
                    state <= 3'h7;
                  end else begin
                    if (_T_105) begin
                      state <= 3'h3;
                    end
                  end
                end
              end else begin
                if (_T_108) begin
                  state <= 3'h7;
                end else begin
                  if (_T_105) begin
                    state <= 3'h3;
                  end
                end
              end
            end
          end else begin
            if (_T_110) begin
              if (_T_173) begin
                state <= 3'h6;
              end else begin
                if (_T_108) begin
                  state <= 3'h7;
                end else begin
                  if (_T_105) begin
                    state <= 3'h3;
                  end
                end
              end
            end else begin
              if (_T_108) begin
                state <= 3'h7;
              end else begin
                if (_T_105) begin
                  state <= 3'h3;
                end
              end
            end
          end
        end
      end
    end
    if (_T_203) begin
      req_tag <= io_req_bits_tag;
    end
    if (_T_203) begin
      count <= 6'h0;
    end else begin
      if (_T_175) begin
        count <= _T_171;
      end else begin
        if (_T_110) begin
          count <= _T_171;
        end
      end
    end
    if (_T_203) begin
      if (cmdHi) begin
        neg_out <= lhs_sign;
      end else begin
        neg_out <= _T_218;
      end
    end else begin
      if (_T_175) begin
        if (_T_199) begin
          neg_out <= 1'h0;
        end
      end
    end
    if (_T_203) begin
      isHi <= cmdHi;
    end
    if (_T_203) begin
      resHi <= 1'h0;
    end else begin
      if (_T_175) begin
        if (_T_186) begin
          resHi <= isHi;
        end else begin
          if (_T_110) begin
            if (_T_173) begin
              resHi <= isHi;
            end else begin
              if (_T_108) begin
                resHi <= 1'h0;
              end
            end
          end else begin
            if (_T_108) begin
              resHi <= 1'h0;
            end
          end
        end
      end else begin
        if (_T_110) begin
          if (_T_173) begin
            resHi <= isHi;
          end else begin
            if (_T_108) begin
              resHi <= 1'h0;
            end
          end
        end else begin
          if (_T_108) begin
            resHi <= 1'h0;
          end
        end
      end
    end
    if (_T_203) begin
      divisor <= _T_220;
    end else begin
      if (_T_105) begin
        if (_T_107) begin
          divisor <= subtractor;
        end
      end
    end
    if (_T_203) begin
      remainder <= {{34'd0}, lhs_in};
    end else begin
      if (_T_175) begin
        remainder <= {{1'd0}, _T_184};
      end else begin
        if (_T_110) begin
          remainder <= _T_168;
        end else begin
          if (_T_108) begin
            remainder <= {{34'd0}, negated_remainder};
          end else begin
            if (_T_105) begin
              if (_T_106) begin
                remainder <= {{34'd0}, negated_remainder};
              end
            end
          end
        end
      end
    end
  end
endmodule